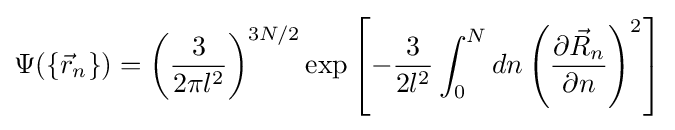
\Psi (\left\{{\vec {r}}_{n}\right\})=\left({\frac {3}{2\pi l^{2}}}\right)^{3N/2}\exp \left[-{\frac {3}{2l^{2}}}\int _{0}^{N}dn\left({\frac {\partial {\vec {R}}_{n}}{\partial n}}\right)^{2}\right]